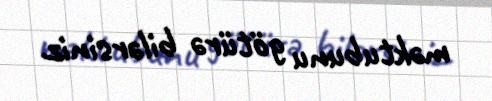
məktubunu götürə bilərsiniz.